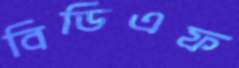
বিডিএফ